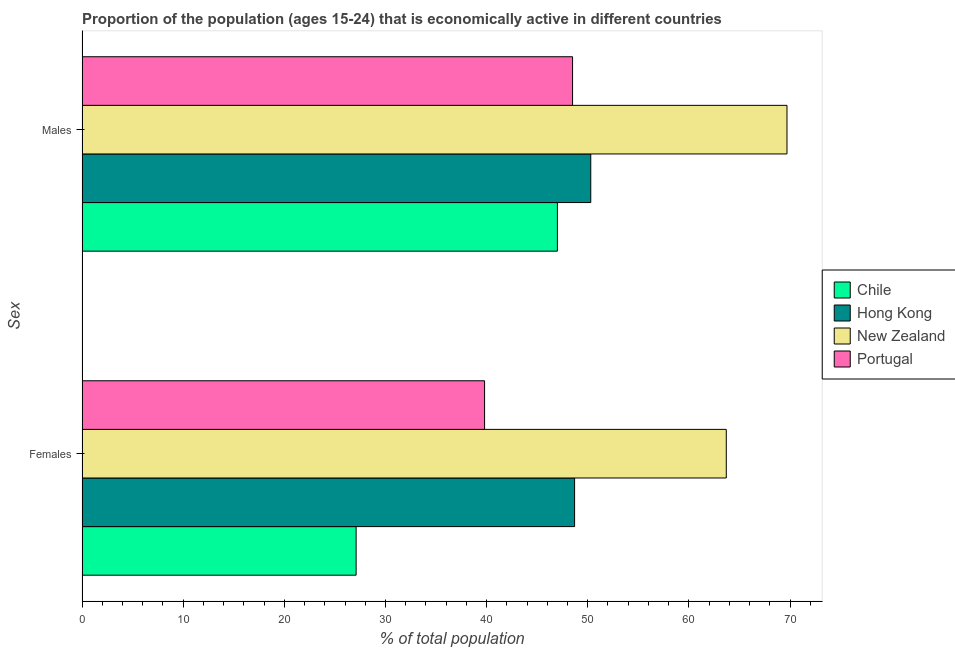
| Sex | Chile | Hong Kong | New Zealand | Portugal |
 | --- | --- | --- | --- | --- |
 | Females | 27.1 | 48.7 | 63.7 | 39.8 |
 | Males | 47 | 50.3 | 69.7 | 48.5 |